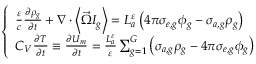
\left\{ \begin{array} { l } { { \frac { \varepsilon } { c } \frac { \partial \rho _ { g } } { \partial t } + \nabla \cdot \left\langle \vec { \Omega } I _ { g } \right\rangle = L _ { a } ^ { \varepsilon } \left( 4 \pi \sigma _ { e , g } \phi _ { g } - \sigma _ { a , g } \rho _ { g } \right) } } \\ { { C _ { V } \frac { \partial T } { \partial t } \equiv \frac { \partial U _ { m } } { \partial t } = \frac { L _ { a } ^ { \varepsilon } } { \varepsilon } \sum _ { g = 1 } ^ { G } \left( \sigma _ { a , g } \rho _ { g } - 4 \pi \sigma _ { e , g } \phi _ { g } \right) } } \end{array} \right.